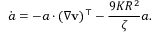
\dot { \boldsymbol { a } } = - \boldsymbol { a } \cdot ( \nabla \mathbf { v } ) ^ { \top } - \frac { 9 K R ^ { 2 } } { \zeta } \boldsymbol { a } .